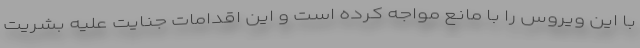
با این ویروس را با مانع مواجه کرده است و این اقدامات جنایت علیه بشریت